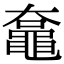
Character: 𪓡